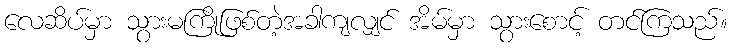
လေဆိပ်မှာ သွားမကြိုဖြစ်တဲ့အခါကျလျှင် အိမ်မှာ သွားစောင့် တင်ကြသည်။